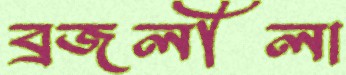
ব্রজলীলা